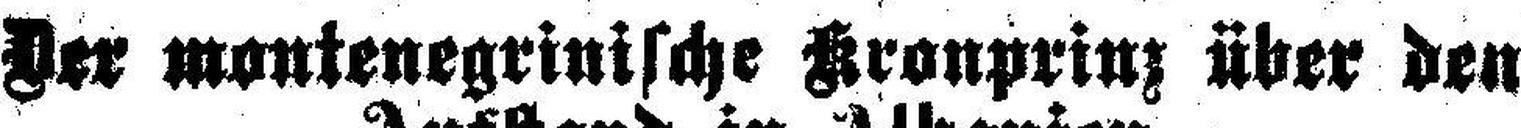
Der montenegrinische Kronprinz über den